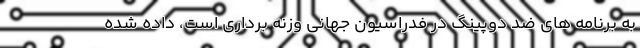
به برنامه های ضد دوپینگ در فدراسیون جهانی وزنه برداری است، داده شده